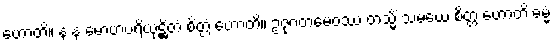
ဟောတိ။ န န မောဟပရိယုဋ္ဌိတံ စိတ္တံ ဟောတိ။ ဥဇုဂတမေဝဿ တသ္မိံ သမယေ စိတ္တံ ဟောတိ ဓမ္မံ